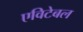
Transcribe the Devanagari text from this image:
एविटेबल